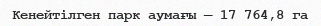
Кенейтілген парк аумағы — 17 764,8 га